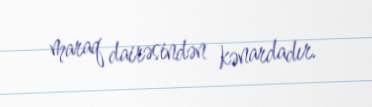
maraq dairəsindən kənardadır.